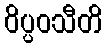
ဝိပ္ပဝသီတိ